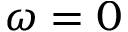
\omega = 0